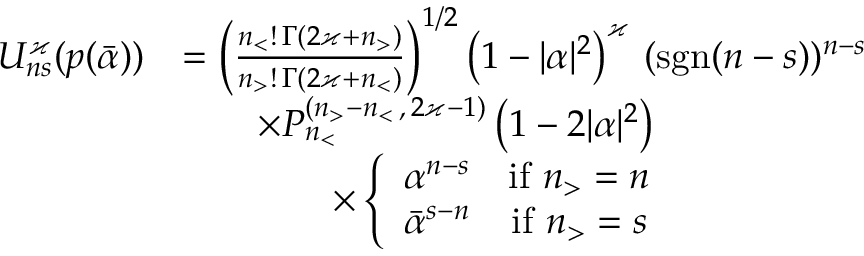
\begin{array} { r l } { U _ { n s } ^ { \varkappa } ( p ( \bar { \alpha } ) ) } & { = \left( \frac { n _ { < } ! \, \Gamma ( 2 \varkappa + n _ { > } ) } { n _ { > } ! \, \Gamma ( 2 \varkappa + n _ { < } ) } \right) ^ { 1 / 2 } \left( 1 - \vert \alpha \vert ^ { 2 } \right) ^ { \varkappa } \, ( \mathrm { s g n } ( n - s ) ) ^ { n - s } } \\ & { \qquad \times P _ { n _ { < } } ^ { ( n _ { > } - n _ { < } \, , \, 2 \varkappa - 1 ) } \left( 1 - 2 \vert \alpha \vert ^ { 2 } \right) \, } \\ & { \qquad \qquad \times \left\lbrace \begin{array} { c c } { \alpha ^ { n - s } } & { \mathrm { i f } \ n _ { > } = n } \\ { \bar { \alpha } ^ { s - n } } & { \mathrm { i f } \ n _ { > } = s } \end{array} \right. } \end{array}